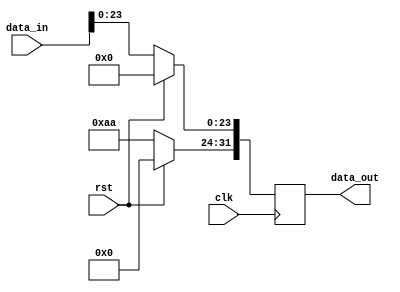
module register 
#(parameter WIDTH=32)
(
input clk,
input rst,
input [WIDTH-1:0] data_in,
output reg [WIDTH-1:0] data_out);


always@(posedge clk)
begin 
if(rst)
data_out<=0;
else begin 
data_out[23:0]<=data_in[23:0];
data_out[31:24]<=8'b10101010;
end
end

endmodule